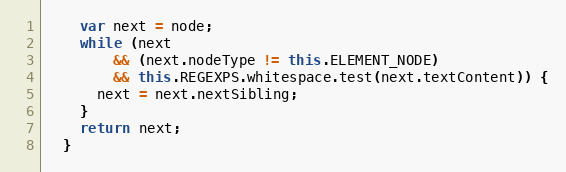
Language: JavaScript
    var next = node;
    while (next
        && (next.nodeType != this.ELEMENT_NODE)
        && this.REGEXPS.whitespace.test(next.textContent)) {
      next = next.nextSibling;
    }
    return next;
  }